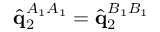
\hat { \mathbf { q } } _ { 2 } ^ { A _ { 1 } A _ { 1 } } = \hat { \mathbf { q } } _ { 2 } ^ { B _ { 1 } B _ { 1 } }